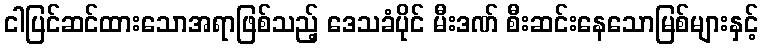
ငါပြင်ဆင်ထားသောအရာဖြစ်သည့် ဒေသခံပိုင် မီးဒဏ် စီးဆင်းနေသောမြစ်များနှင့်